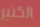
الكثير